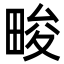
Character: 畯